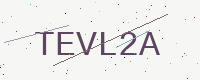
Text: TEVL2A